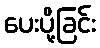
ပေးပို့ခြင်း